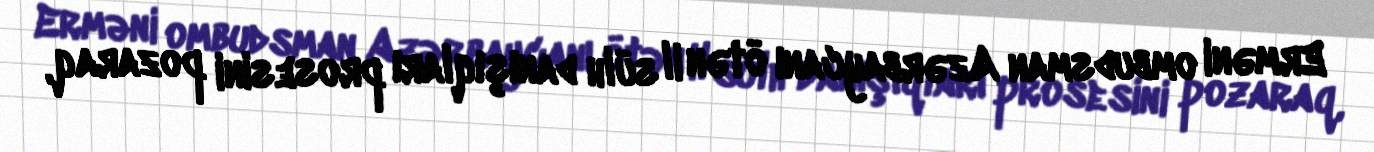
Erməni ombudsman Azərbaycanı ötən il sülh danışıqları prosesini pozaraq,